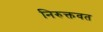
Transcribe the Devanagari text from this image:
निरुक्तवत